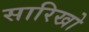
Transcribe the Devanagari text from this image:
सारिखो